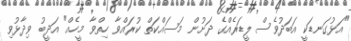
"އަޅުގަނޑަކީ އަބަދުވެސް ލީޑަރެއްގެ ދަށުން މަސައްކަތް ކުރައްވާ ހިތްވާ މީހެއް" އަދީބު ވިދާޅުވި